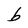
Character: b